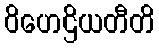
ဝိဟေဌိယတီတိ